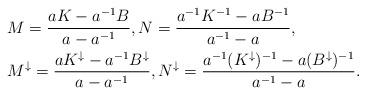
LaTeX: \begin{align*}&M= \frac{a K - a^{-1} B}{a - a^{-1}}, N= \frac{a^{-1} K^{-1} - a B^{-1}}{a^{-1}-a},\\&M^\downarrow = \frac{a K^\downarrow- a^{-1} B^\downarrow}{a - a^{-1}}, N^\downarrow = \frac{a^{-1} (K^\downarrow)^{-1} - a (B^\downarrow)^{-1}}{a^{-1}-a}.\end{align*}